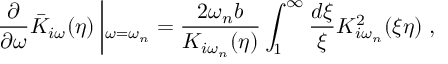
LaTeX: \frac { \partial } { \partial \omega } \bar { K } _ { i \omega } ( \eta ) \left| _ { \omega = \omega _ { n } } = \frac { 2 \omega _ { n } b } { K _ { i \omega _ { n } } ( \eta ) } \int _ { 1 } ^ { \infty } \frac { d \xi } { \xi } K _ { i \omega _ { n } } ^ { 2 } ( \xi \eta ) \right. ,